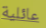
عائلية